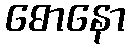
ဓောနော